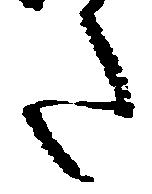
た